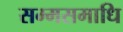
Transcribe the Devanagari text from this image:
सम्मसमाधि